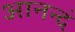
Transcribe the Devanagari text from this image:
आनन्दं